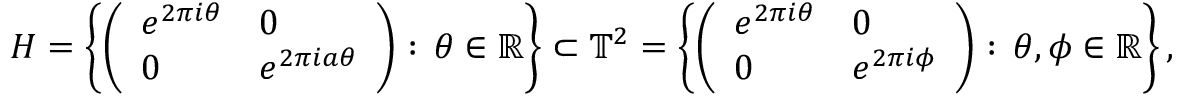
H = \left\{ \left( { \begin{array} { l l } { e ^ { 2 \pi i \theta } } & { 0 } \\ { 0 } & { e ^ { 2 \pi i a \theta } } \end{array} } \right) : \, \theta \in \mathbb { R } \right\} \subset \mathbb { T } ^ { 2 } = \left\{ \left( { \begin{array} { l l } { e ^ { 2 \pi i \theta } } & { 0 } \\ { 0 } & { e ^ { 2 \pi i \phi } } \end{array} } \right) : \, \theta , \phi \in \mathbb { R } \right\} ,